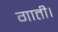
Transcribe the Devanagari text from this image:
गाती।